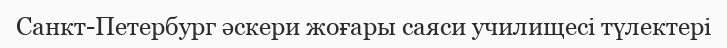
Санкт-Петербург әскери жоғары саяси училищесі түлектері